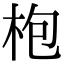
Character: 枹